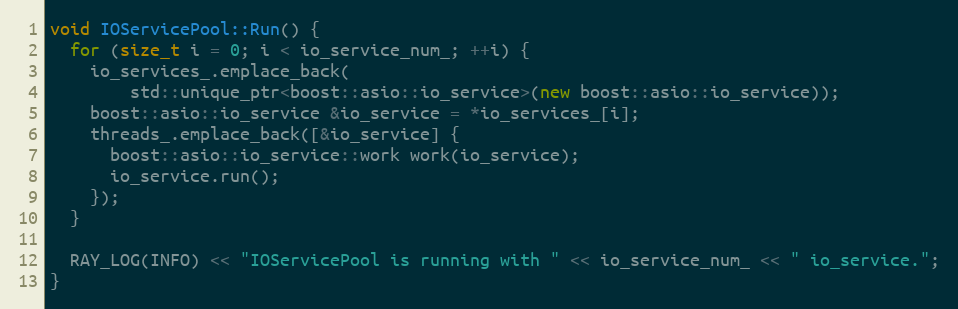
Language: C++
void IOServicePool::Run() {
  for (size_t i = 0; i < io_service_num_; ++i) {
    io_services_.emplace_back(
        std::unique_ptr<boost::asio::io_service>(new boost::asio::io_service));
    boost::asio::io_service &io_service = *io_services_[i];
    threads_.emplace_back([&io_service] {
      boost::asio::io_service::work work(io_service);
      io_service.run();
    });
  }

  RAY_LOG(INFO) << "IOServicePool is running with " << io_service_num_ << " io_service.";
}